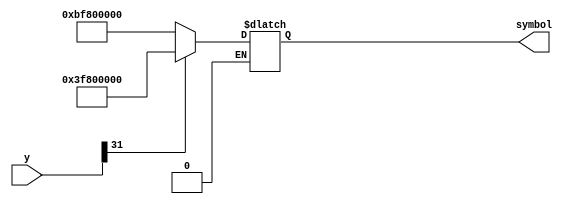
`timescale 1ns / 1ps
//////////////////////////////////////////////////////////////////////////////////
// Company: 
// Engineer: 
// 
// Design Name: 
// Module Name: sigma
// Project Name: 
// Target Devices: 
// Tool Versions: 
// Description: 
// 
// Dependencies: 
// 
// Revision:
// Revision 0.01 - File Created
// Additional Comments:
// 
//////////////////////////////////////////////////////////////////////////////////


module sigma(
    input [31:0] y,
    output reg [31:0] symbol
);

always @(*) begin
    if (y[31] == 1'b1) // If y is -ve
        symbol = 32'h3f800000; // +1
    else if (y[31] == 1'b0) // If y is +ve
        symbol = 32'hbf800000; // -1
  
end


endmodule